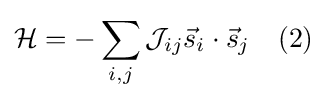
{\mathcal {H}}=-\sum _{i,j}{\mathcal {J}}_{ij}{\vec {s}}_{i}\cdot {\vec {s}}_{j}\quad (2)